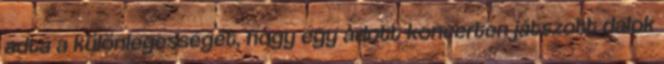
adta a különlegességét, hogy egy adott koncerten játszott dalok